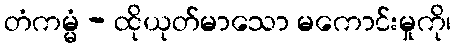
တံကမ္မံ - ထိုယုတ်မာသော မကောင်းမှုကို၊